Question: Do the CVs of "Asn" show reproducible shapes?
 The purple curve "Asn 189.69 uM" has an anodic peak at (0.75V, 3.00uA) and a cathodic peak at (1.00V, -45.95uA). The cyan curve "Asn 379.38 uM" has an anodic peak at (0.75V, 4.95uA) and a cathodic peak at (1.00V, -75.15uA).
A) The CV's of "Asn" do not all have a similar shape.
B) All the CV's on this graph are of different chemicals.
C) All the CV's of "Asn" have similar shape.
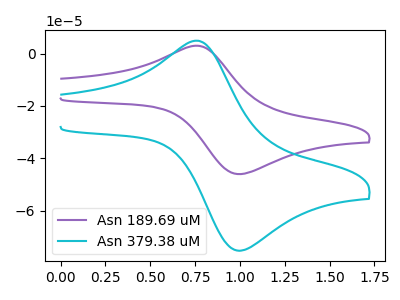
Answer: <think>All the peaks in "Asn 189.69 uM" have a peak in "Asn 379.38 uM" at the same potential. Every peak in "Asn 189.69 uM" is lower than every peak in "Asn 379.38 uM".
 </think>
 <answer>C) All the CV's of "Asn" have similar shape.</answer>
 <eval>C</eval>